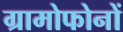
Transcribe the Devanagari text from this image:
ग्रामोफोनों